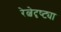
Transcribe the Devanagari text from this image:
रेल्वेदृष्ट्या